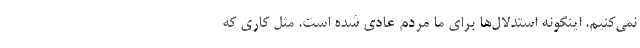
نمی‌کنیم. اینگونه استدلال‌ها برای ما مردم عادی شده است. مثل کاری که